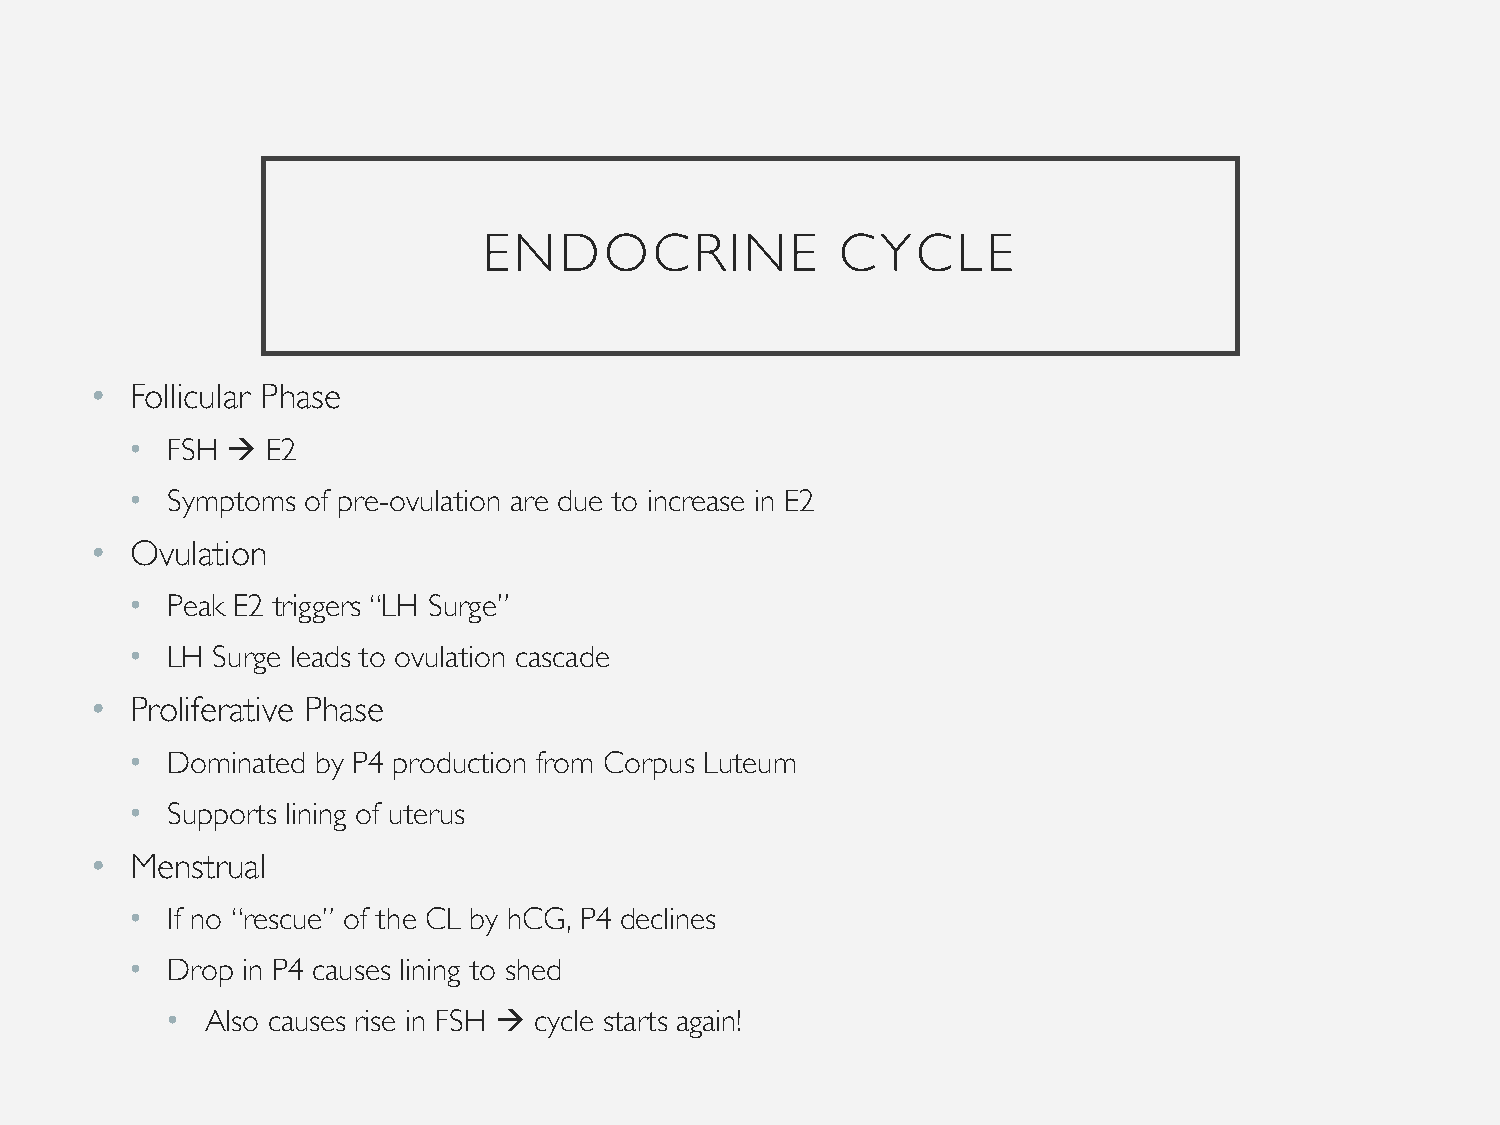
ENDOCRINE               CYCLE
 •  Follicular Phase
 • FSH   E2
 • Symptoms of pre-ovulation are due to increase in E2
 •  Ovulation
 • Peak E2 triggers “LH Surge”
 • LH Surge leads to ovulation cascade
 •  Proliferative Phase
 • Dominated by P4 production from Corpus Luteum
 • Supports lining of uterus
 •  Menstrual
 • If no “rescue” of the CL by hCG, P4 declines
 • Drop in P4 causes lining to shed
 •  Also causes rise in FSH  cycle starts again!